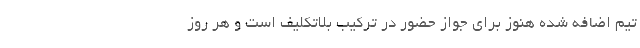
تیم اضافه شده هنوز برای جواز حضور در ترکیب بلاتکلیف است و هر روز